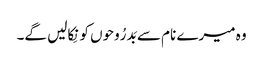
وہ میرے نام سے بَدرُوحوں کو نِکالیں گے۔